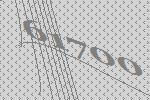
61700